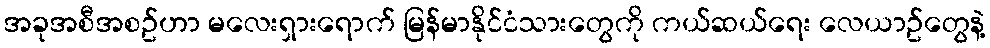
အခုအစီအစဥ်ဟာ မလေးရှားရောက် မြန်မာနိုင်ငံသားတွေကို ကယ်ဆယ်ရေး လေယာဥ်တွေနဲ့